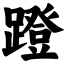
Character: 蹬